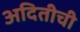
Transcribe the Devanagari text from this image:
अदितीची